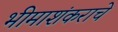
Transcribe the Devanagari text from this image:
भीमाशंकराचे